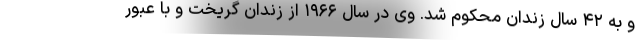
و به ۴۲ سال زندان محکوم شد. وی در سال ۱۹۶۶ از زندان گریخت و با عبور